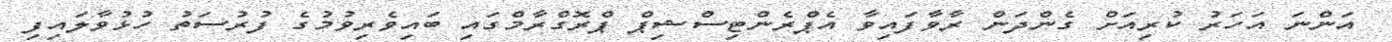
އަންނަ އަހަރު ކުރިއަށް ގެންދަން ރާވާފައިވާ އެޕްރެންޓިސްޝިޕް ޕްރޮގްރާމްގައި ބައިވެރިވުމުގެ ފުރުސަތު ހުޅުވާލައިފި